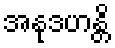
အနုဒဟန္တိ